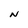
Character: N